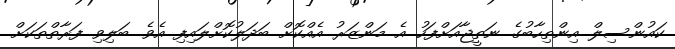
ކައުންސިލް އިންތިހާބުގެ ނަތީޖާއަށްފަހު އެ މަންޒަރު އެއްކޮށް ބަދަލުކޮށްލައިފި އެވެ. ބަލިވި ފަރާތްތަކަށް